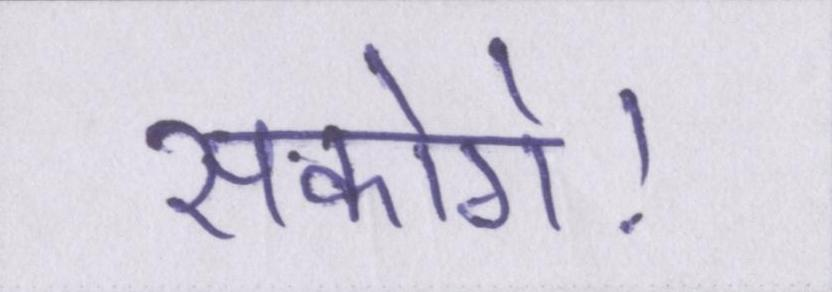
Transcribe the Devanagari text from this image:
सकोगे।